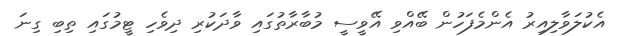
އެކުލަވާލިއިރު އެންމެފަހުން ބޭއްވި އޭވީސީ މުބާރާތުގައި ވާދަކުރި ދިވެހި ޓީމުގައި ތިބި ގިނަ